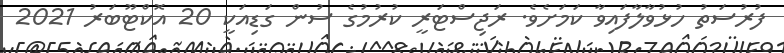
ފުރުސަތު ހުޅުވާލާފައިވާ ކަމަށެވެ. ރަޖިސްޓަރީ ކުރުމުގެ ސުން ގަޑިއަކީ 20 އޮކްޓޫބަރު 2021